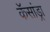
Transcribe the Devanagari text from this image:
कॅसांड्रा